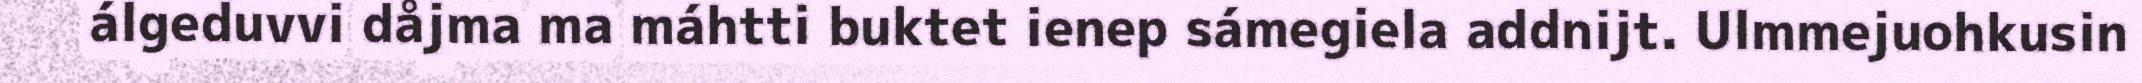
álgeduvvi dåjma ma máhtti buktet ienep sámegiela addnijt. Ulmmejuohkusin